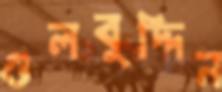
গুলবুদ্দিন